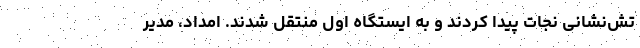
تش‌نشانی نجات پیدا کردند و به ایستگاه اول منتقل شدند. امداد، مدیر